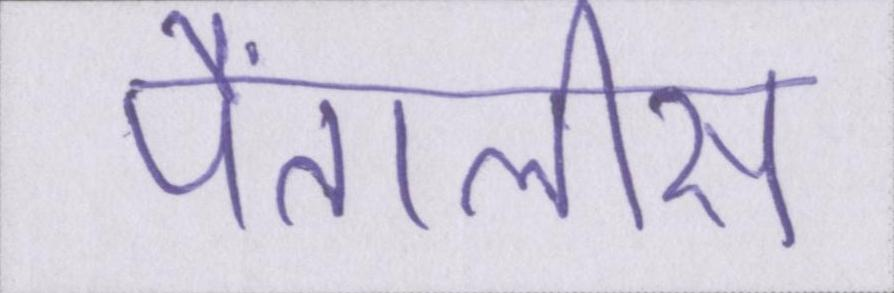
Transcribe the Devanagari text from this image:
पैंतालीस